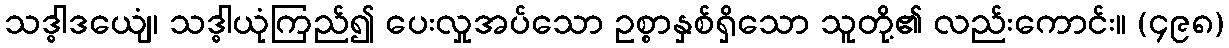
သဒ္ဓါဒယျေံ၊ သဒ္ဓါယုံကြည်၍ ပေးလှုအပ်သော ဥစ္စာနှစ်ရှိသော သူတို့၏ လည်းကောင်း။ (၄၉၈)